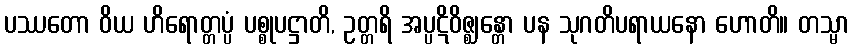
ပဿတော ဝိယ ဟိရောတ္တပ္ပံ ပစ္စုပဋ္ဌာတိ, ဥတ္တရိ အပ္ပဋိဝိဇ္ဈန္တော ပန သုဂတိပရာယနော ဟောတိ။ တသ္မာ